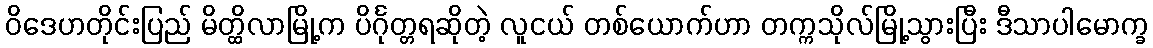
ဝိဒေဟတိုင်းပြည် မိတ္ထိလာမြို့က ပိင်္ဂုတ္တရဆိုတဲ့ လူငယ် တစ်ယောက်ဟာ တက္ကသိုလ်မြို့သွားပြီး ဒီသာပါမောက္ခ